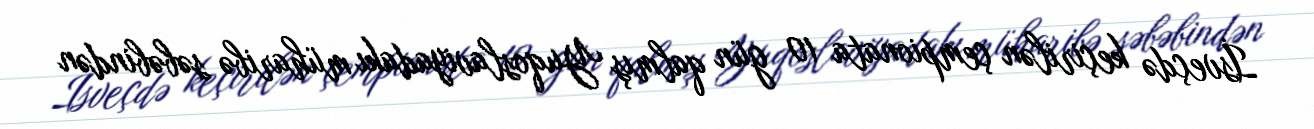
İsveçdə keçirilən çempionata 10 gün qalmış Yuqoslaviyadakı müharibə səbəbindən